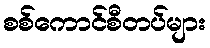
စစ်ကောင်စီတပ်များ